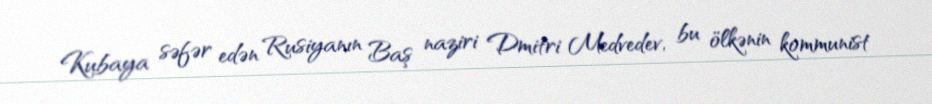
Kubaya səfər edən Rusiyanın Baş naziri Dmitri Medvedev, bu ölkənin kommunist